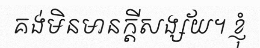
គង់មិនមានក្តីសង្ស័យ។ ខ្ញុំ